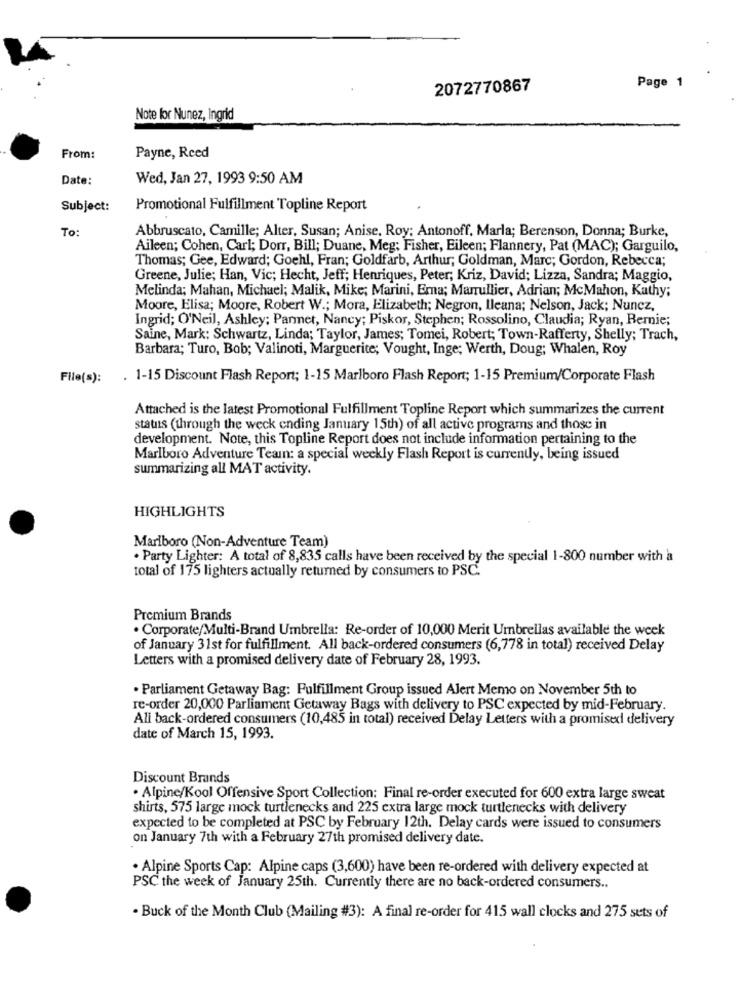
2072770867
Page 1
Note for Nunez, Ingrid
From:
Payne, Reed
Date:
Wed, Jan 27, 1993 9:50 AM
Subject:
Promotional Fulfillment Topline Report
To:
Abbruscato, Camille; Alter, Susan; Anise, Roy: Antonoff, Marla; Berenson, Donna; Burke,
Aileen; Cohen, Carl; Dorr, Bill; Duane, Meg; Fisher, Eileen; Flannery, Pat (MAC); Garguilo,
Thomas; Gee, Edward; Goehl, Fran; Goldfarb, Arthur; Goldman, Marc; Gordon, Rebecca;
Greene, Julie; Han, Vic; Hecht, Jeff; Henriques, Peter; Kriz, David; Lizza, Sandra; Maggio,
Melinda; Mahan, Michael; Malik, Mike; Marini, Emna; Marrullier, Adrian; McMahon, Kathy;
Moore, Elisa; Moore, Robert W .; Mora, Elizabeth; Negron, Ileana; Nelson, Jack; Nuncz,
Ingrid; O'Neil, Ashley; Parmet, Nancy; Piskor, Stephen; Rossolino, Claudia; Ryan, Bernie;
Saine, Mark: Schwartz, Linda; Taylor, James; Tomei, Robert; Town-Rafferty, Shelly; Trach,
Barbara; Turo, Bob; Valinoti, Marguerite; Vought, Inge; Werth, Doug; Whalen, Roy
File(s):
. 1-15 Discount Flash Report; 1-15 Marlboro Flash Report; 1-15 Premium/Corporate Flash
Attached is the latest Promotional Fulfillment Topline Report which summarizes the current
status (through the weck ending January 15th) of all active programs and those in
development. Note, this Topline Report does not include information pertaining to the
Marlboro Adventure Teamn: a special weekly Flash Report is currently, being issued
summarizing all MAT activity.
HIGHLIGHTS
Marlboro (Non-Adventure Team)
. Party Lighter: A total of 8,835 calls have been received by the special 1-800 number with a
total of 175 lighters actually returned by consumers to PSC.
Premium Brands
. Corporate/Multi-Brand Umbrella: Re-order of 10,000 Merit Umbrellas available the week
of January 31st for fulfillment. All back-ordered consumers (6,778 in total) received Delay
Letters with a promised delivery date of February 28, 1993.
. Parliament Getaway Bag: Fulfillment Group issued Alert Memo on November 5th to
re-order 20,000 Parliament Getaway Bags with delivery to PSC expected by mid-February.
Ali back-ordered consumers (10,485 in total) received Delay Letters with a promised delivery
date of March 15, 1993.
Discount Brands
· Alpine/Kool Offensive Sport Collection: Final re-order executed for 600 extra large sweat
shirts, 575 large mock turtlenecks and 225 extra large mock turtlenecks with delivery
expected to be completed at PSC by February 12th. Delay cards were issued to consumers
on January 7th with a February 27th promised delivery date.
· Alpine Sports Cap: Alpine caps (3,600) have been re-ordered with delivery expected at
PSC the week of January 25th. Currently there are no back-ordered consumers ..
. Buck of the Month Club (Mailing #3): A final re-order for 415 wall clocks and 275 sets of